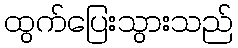
ထွက်ပြေးသွားသည်